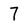
Character: 7